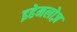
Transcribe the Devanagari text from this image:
इहेमलोज़